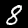
Digit: 8